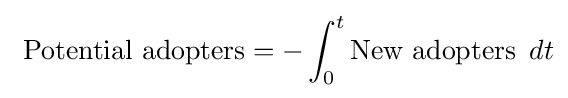
\ {\mbox{Potential adopters}}=-\int _{0}^{t}{\mbox{New adopters }}\,dt